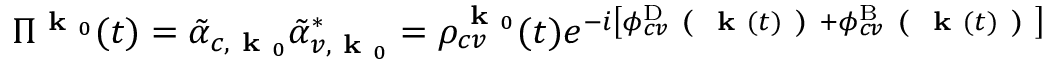
\Pi ^ { \textbf { k } _ { 0 } } ( t ) = \tilde { \alpha } _ { c , \textbf { k } _ { 0 } } \tilde { \alpha } _ { v , \textbf { k } _ { 0 } } ^ { * } = \rho _ { c v } ^ { \textbf { k } _ { 0 } } ( t ) e ^ { - i \left[ \phi _ { c v } ^ { \mathrm { D } } \textbf { ( } \textbf { k } ( t ) \textbf { ) } + \phi _ { c v } ^ { \mathrm { B } } \textbf { ( } \textbf { k } ( t ) \textbf { ) } \right] }